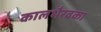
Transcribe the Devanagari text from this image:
कालभैरवका